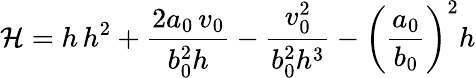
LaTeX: {\cal H}=h\, h^{2}+\frac{2a_{0}\, v_{0}}{b_{0}^{2}h}-\frac{v_{0}^{2}}{b_{0}^{2}h^{3}}-\left(\frac{a_{0}}{b_{0}}\right)^{2}h